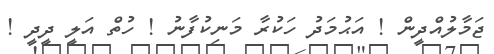
ޖަމާލުއްދީން ! އަޙުމަދު ހަކުރާ މަނިކުފާނު ! ހުތް އަލީ ދީދީ !